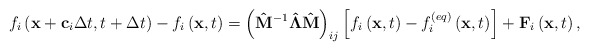
\begin{align*}{f_i}\left( {{\bf{x}} + {{\bf{c}}_i}\Delta t,t + \Delta t} \right) - {f_i}\left( {{\bf{x}},t} \right) = {\left( {{{{\bf{\hat M}}}^{ - 1}}{\bf{\hat \Lambda \hat M}}} \right)_{ij}}\left[ {{f_i}\left( {{\bf{x}},t} \right) - f_i^{\left( {eq} \right)}\left( {{\bf{x}},t} \right)} \right] + {{\bf{F}}_i}\left( {{\bf{x}},t} \right),\end{align*}